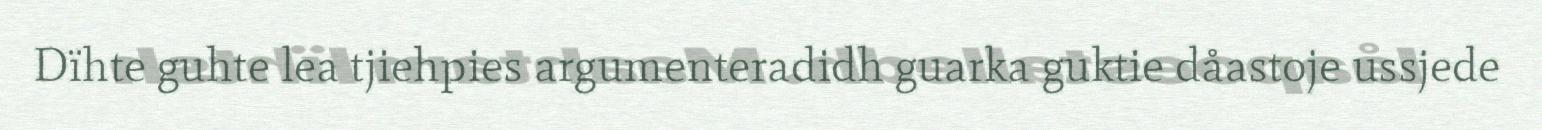
Dïhte guhte lea tjiehpies argumenteradidh guarka guktie dåastoje ussjede